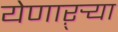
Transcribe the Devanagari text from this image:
येणाऱ्र्‍या